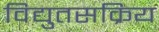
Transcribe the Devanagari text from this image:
विद्युतसक्रिय